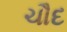
ચૌદ